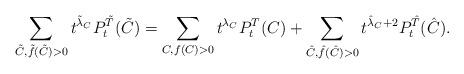
LaTeX: \begin{align*} \sum_{\tilde{C}, \tilde{f}(\tilde{C}) > 0} t^{\tilde{\lambda}_C} P^{\tilde{T}}_t(\tilde{C})= \sum_{C, f(C) > 0} t^{\lambda_C} P^T_t(C) + \sum_{\hat{C}, \hat{f}(\hat{C}) > 0} t^{\hat{\lambda}_C+2} P^{\hat{T}}_t(\hat{C}). \end{align*}